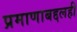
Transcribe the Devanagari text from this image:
प्रमाणाबद्दलही